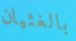
بالغثيان